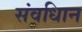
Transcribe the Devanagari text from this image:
संवधिान